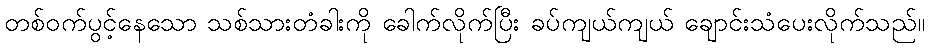
တစ်ဝက်ပွင့်နေသော သစ်သားတံခါးကို ခေါက်လိုက်ပြီး ခပ်ကျယ်ကျယ် ချောင်းသံပေးလိုက်သည်။